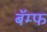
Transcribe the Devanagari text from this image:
बॅम्फ